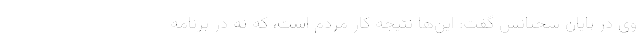
وی در پایان سخنانش گفت: این‌ها نتیجه کار مردم است، که نه در برنامه